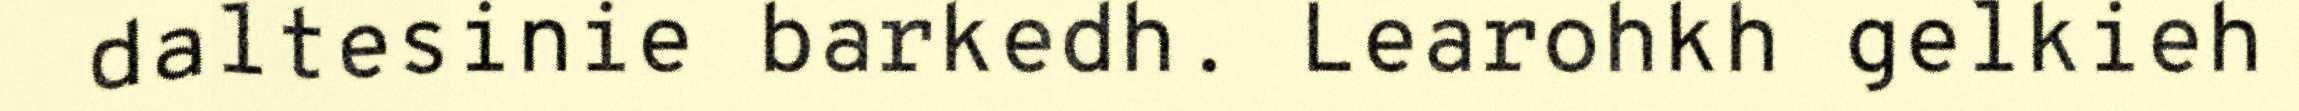
daltesinie barkedh. Learohkh gelkieh